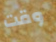
وقت